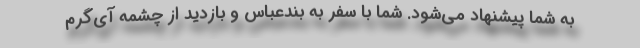
به شما پیشنهاد می‌شود. شما با سفر به بندعباس و بازدید از چشمه آی‌گرم